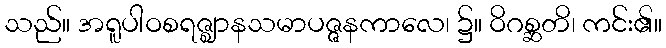
သည်။ အရူပါဝစရဇ္ဈာနသမာပဇ္ဇနကာလေ၊ ၌။ ဝိဂစ္ဆတိ၊ ကင်း၏။